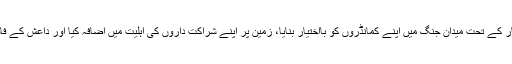
ہم نے اپنے تیار کردہ نئے طریق کار کے تحت میدان جنگ میں اپنے کمانڈروں کو بااختیار بنایا، زمین پر اپنے شراکت داروں کی اہلیت میں اضافہ کیا اور داعش کے فاسق نظریے کا براہ راست مقابلہ کیا۔